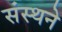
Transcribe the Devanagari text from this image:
संस्थने